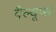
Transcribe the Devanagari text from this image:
वैल्यूप्स